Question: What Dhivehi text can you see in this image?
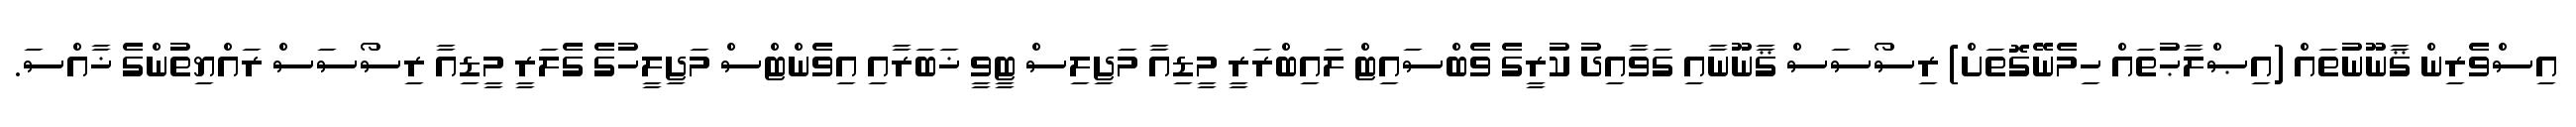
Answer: އިސްވެރިން ޤާނޫނުތައް (އިޞްލާޙުތައް ހިމެނޭގޮތަށް) ރިސޯސަސް ޤާނޫނާއި ގަވާއިދު ކުރީގެ ވެބްސައިޓް ލައިބްރަރީ މީޑިއާ މަޖިލިސް ޓީވީ ޚަބަރާއި އިވެންޓްސް މަޖިލީހުގެ ގެލަރީ މީޑިއާ ރިސޯސަސް ރައްޔިތުންގެ ޚާއްސަ.